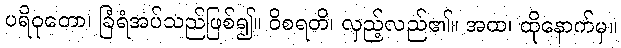
ပရိဝုတော၊ ခြံရံအပ်သည်ဖြစ်၍။ ဝိစရတိ၊ လှည့်လည်၏။ အထ၊ ထိုနောက်မှ။